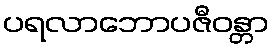
ပရလာဘောပဇီဝန္တာ